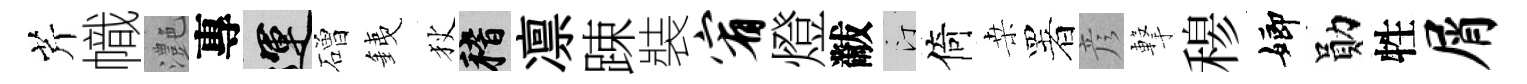
芹幟灔專運磳銕狄稽凛踈裝宥燈黻汀倚桒署彦撃𥠇嫏勛牲屑